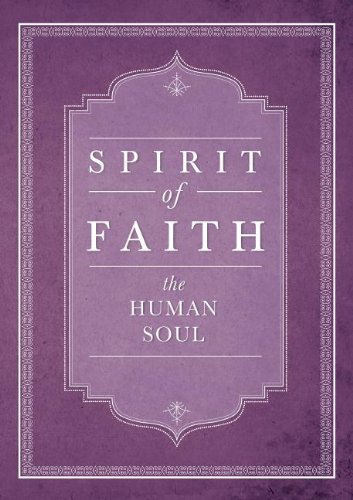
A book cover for The Human Soul (Spirit of Faith); Religion & Spirituality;